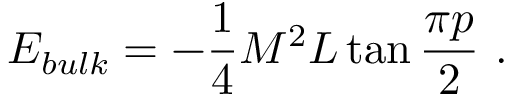
E _ { b u l k } = - \displaystyle \frac { 1 } { 4 } M ^ { 2 } L \tan \displaystyle \frac { \pi p } { 2 } \, \, .